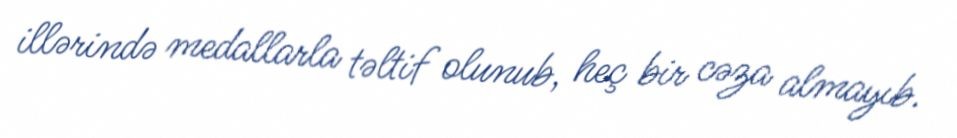
illərində medallarla təltif olunub, heç bir cəza almayıb.